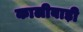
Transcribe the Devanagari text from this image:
कालीबाड़ी